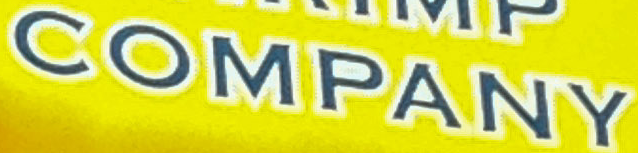
COMPANY